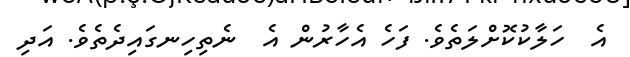
އެ  ހަލާކުކޮށްލަތެވެ. ފަހެ އެހާރުން އެ  ނެތިހިނގައިދެތެވެ. އަދި